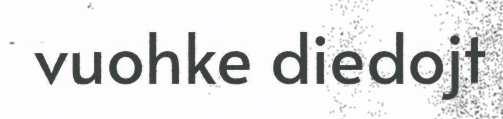
vuohke diedojt